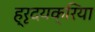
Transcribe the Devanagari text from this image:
ह्रृदयक्रिया